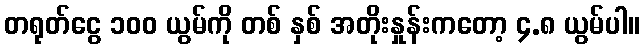
တရုတ်ငွေ ၁၀၀ ယွမ်ကို တစ် နှစ် အတိုးနှုန်းကတော့ ၄.၈ ယွမ်ပါ။